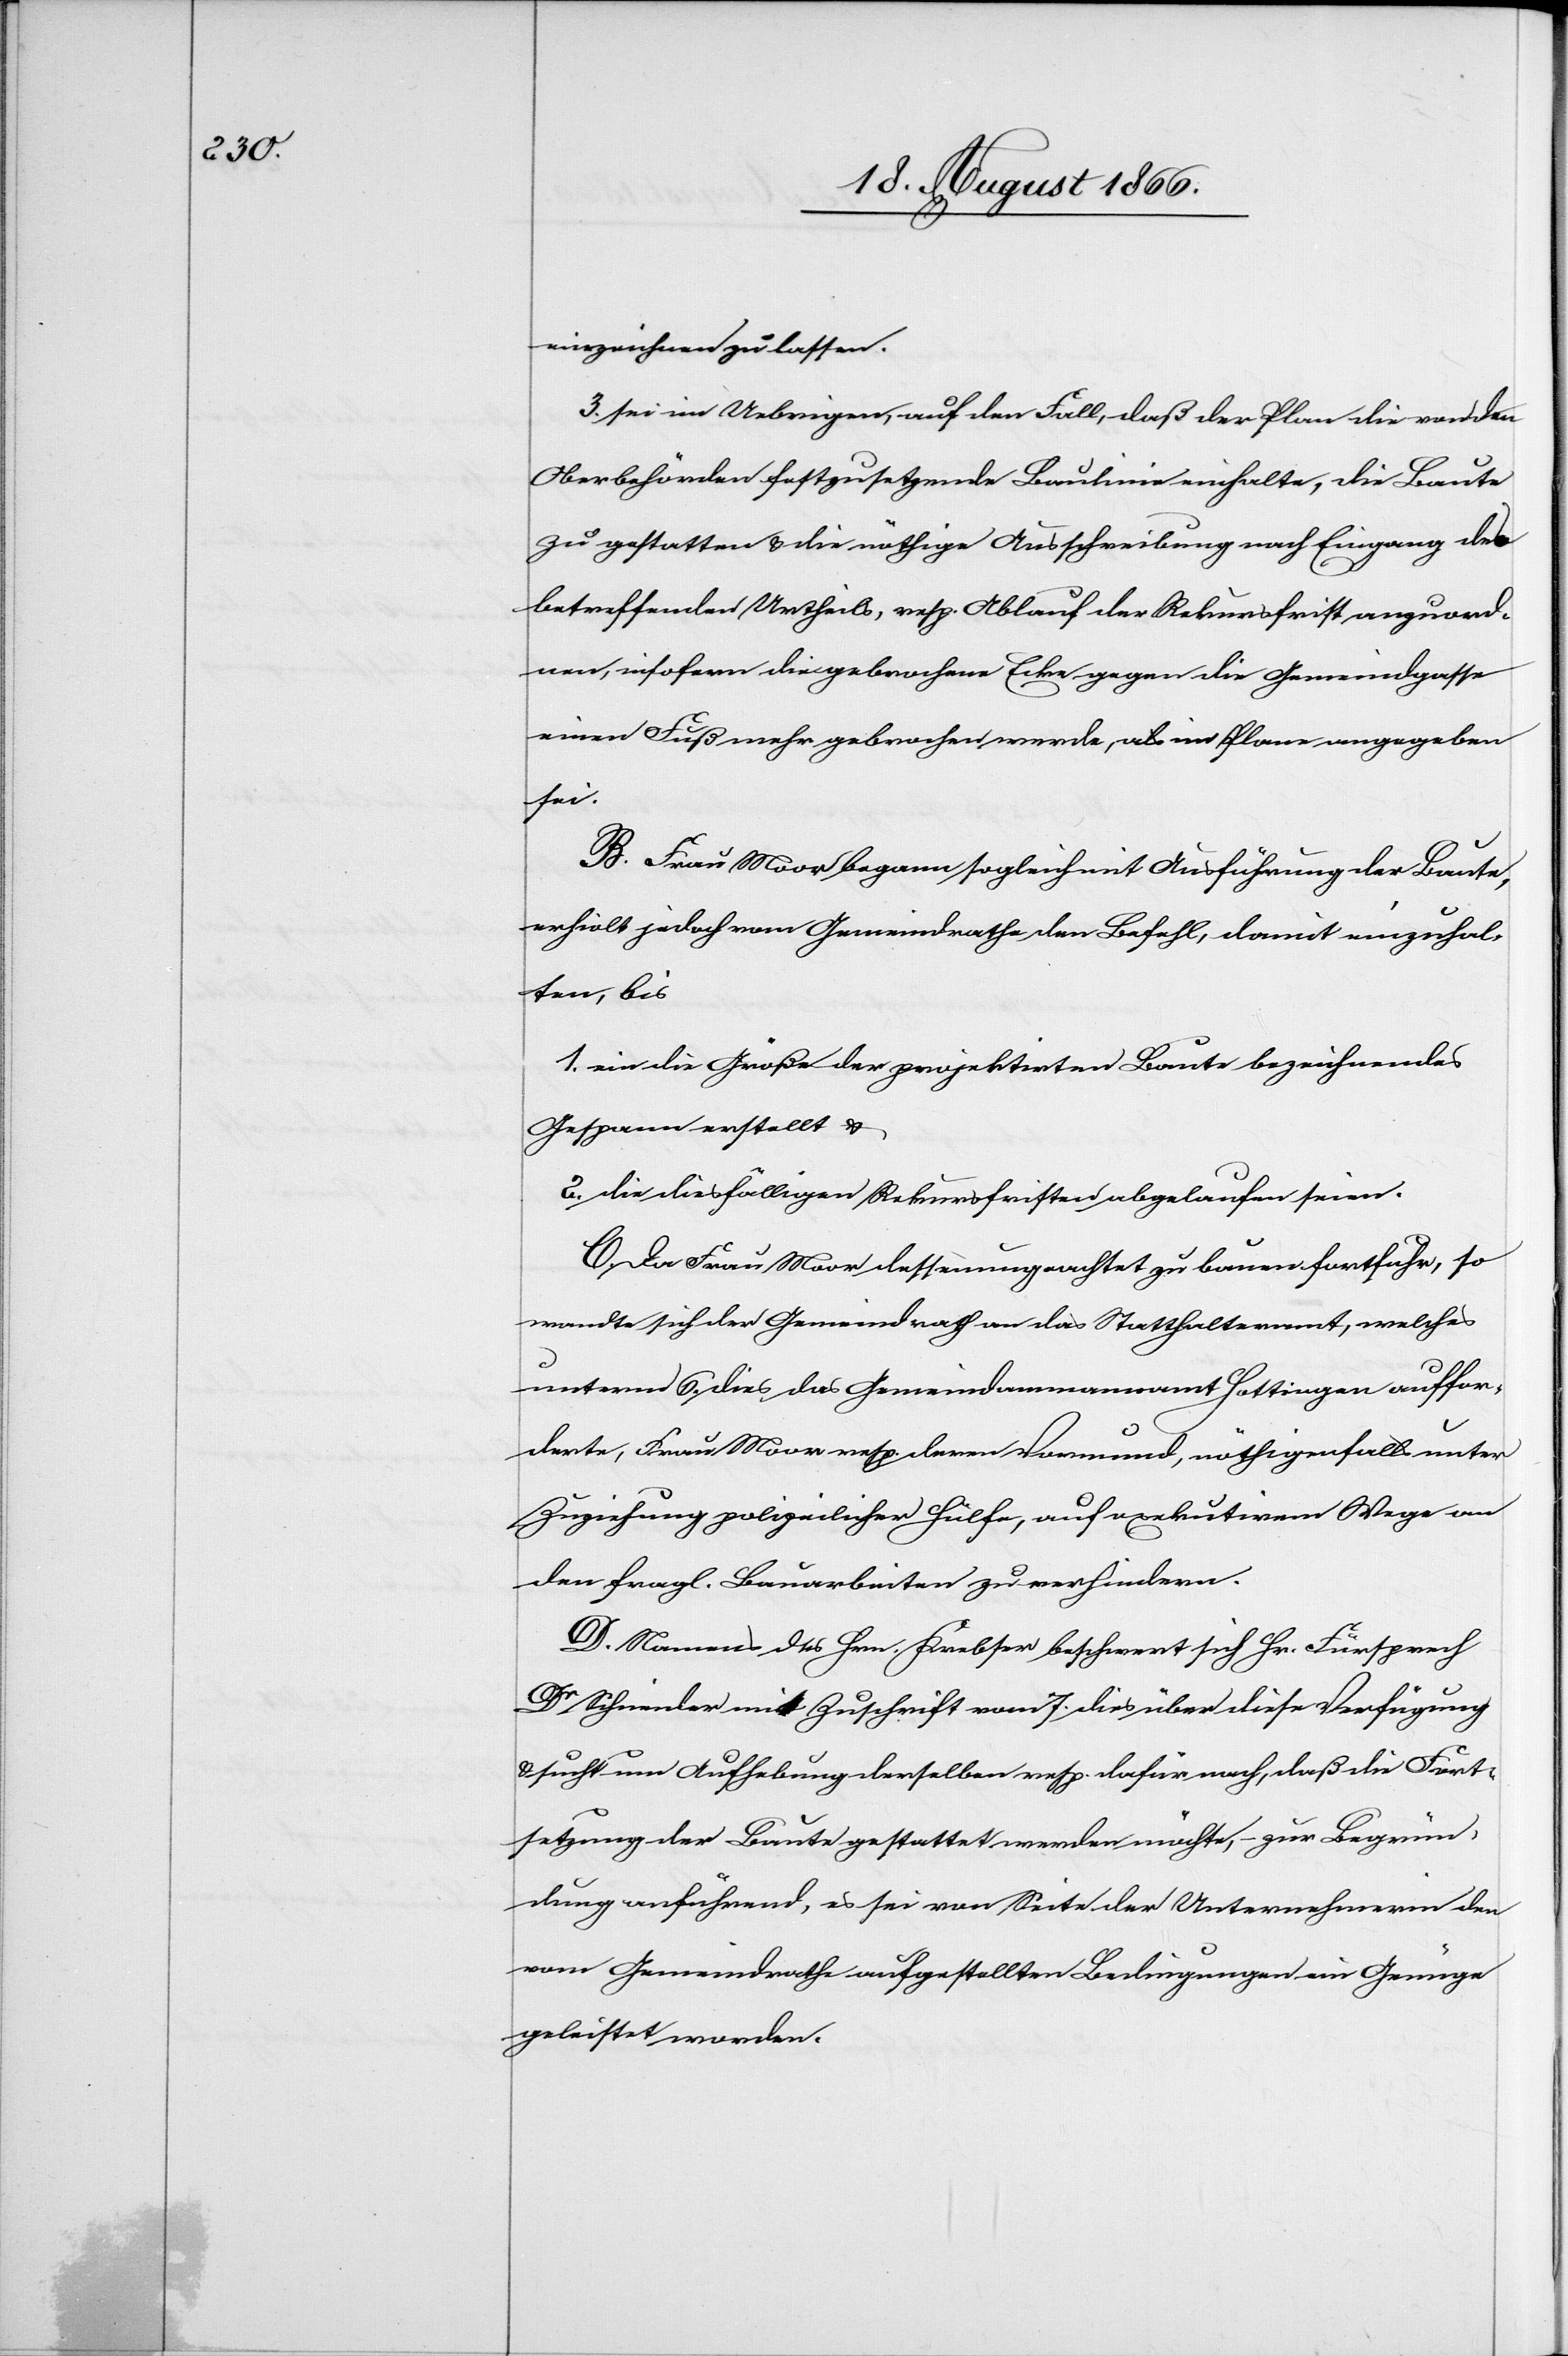
einzeichnen zu lassen.
3. sei im Uebrigen auf den Fall, daß der Plan die von den
Oberbehörden festzusetzende Baulinie einhalte, die Baute
zu gestatten u. die nöthige Ausschreibung nach Eingang des
betreffenden Urtheils, resp. Ablauf der Rekursfrist anzuord¬
nen, insofern die gebrochene Ecke gegen die Gemeindgasse
einen Fuß mehr gebrochen werde, als im Plane angegeben
sei.
B. Frau Moor begann sogleich mit Ausführung der Baute,
erhielt jedoch vom Gemeindrathe den Befehl, damit einzuhal¬
ten, bis
1. ein die Größe der projektirten Baute bezeichnendes
Gespann erstellt u.
2. die diesfälligen Rekursfristen abgelaufen seien.
C. Da Frau Moor dessenungeachtet zu bauen fortfuhr, so
wandte sich der Gemeindrath an das Statthalteramt, welches
unterm 6. dies das Gemeindammannamt Hottingen auffor¬
derte, Frau Moor resp. deren Vormund, nöthigenfalls unter
Zuziehung polizeilicher Hülfe, auf exekutivem Wege an
den fragl Bauarbeiten zu verhindern.
D. Namens des Hrn. Krebser beschwert sich Hr. Fürsprech
Dr. Schneider mit Zuschrift vom 7. dies über diese Verfügung
u. sucht um Aufhebung derselben resp. dafür nach, daß die Fort¬
setzung der Baute gestattet werden möchte, – zur Begrün¬
dung anführend, es sei von Seite der Unternehmerin den
vom Gemeindrathe aufgestellten Bedingungen ein Genüge
geleistet worden.